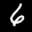
Label: 6